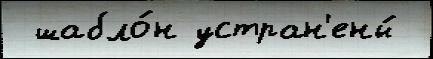
 шабло́н устран'ены́